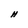
Character: H